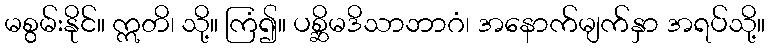
မစွမ်းနိုင်။ ဣတိ၊ သို့။ ကြံ၍။ ပစ္ဆိမဒိသာဘာဂံ၊ အနောက်မျက်နှာ အရပ်သို့။